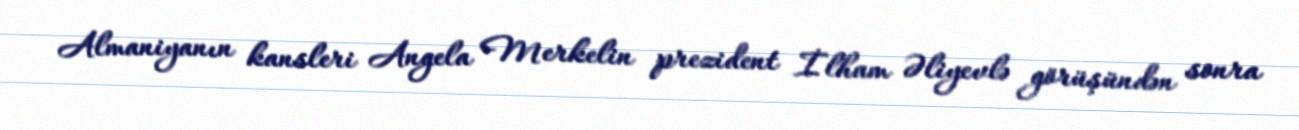
Almaniyanın kansleri Angela Merkelin prezident İlham Əliyevlə görüşündən sonra